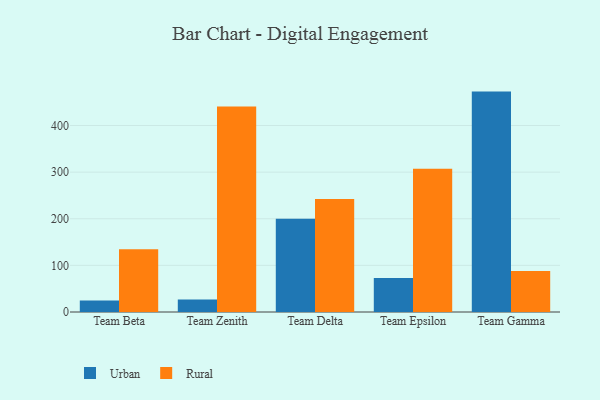
{"axis": {"x": "Team", "y": "Population (Million)"}, "legend": ["Rural", "Urban"], "data": [{"x": "Team Beta", "y": 24.4, "type": "Urban"}, {"x": "Team Beta", "y": 134.7, "type": "Rural"}, {"x": "Team Zenith", "y": 26.6, "type": "Urban"}, {"x": "Team Zenith", "y": 440.9, "type": "Rural"}, {"x": "Team Delta", "y": 199.8, "type": "Urban"}, {"x": "Team Delta", "y": 242.6, "type": "Rural"}, {"x": "Team Epsilon", "y": 72.9, "type": "Urban"}, {"x": "Team Epsilon", "y": 307.0, "type": "Rural"}, {"x": "Team Gamma", "y": 472.7, "type": "Urban"}, {"x": "Team Gamma", "y": 87.9, "type": "Rural"}]}